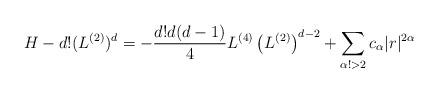
LaTeX: \begin{align*}H_{}- d! (L^{(2)})^d= -\frac{d! d(d-1)}{4}L^{(4)}\left(L^{(2)}\right)^{d-2} + \sum_{ \alpha!> 2} c_\alpha|r|^{2\alpha}\end{align*}